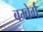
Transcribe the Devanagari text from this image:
बम्बेर्ग